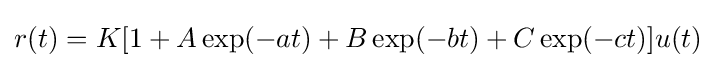
r(t)=K[1+A\exp(-at)+B\exp(-bt)+C\exp(-ct)]u(t)